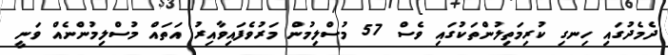
ދެމެދުގައި ހިނގި ކުރިމަތިލުންތަކުގައި ވެސް 57 މުސްލިމުން މަރުވެފައިވާއިރު އަތައް މުސްލިމުންނެއް ވަނީ